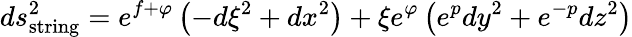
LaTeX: ds_{\mathrm{string}}^{2}=e^{f+\varphi}\left(-d\xi^{2}+dx^{2}\right)+\xi e^{\varphi}\left(e^{p}dy^{2}+e^{-p}dz^{2}\right)